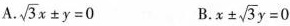
A. $$\sqrt{3}x \pm y=0$$ B. $$x \pm \sqrt{3}y=0$$